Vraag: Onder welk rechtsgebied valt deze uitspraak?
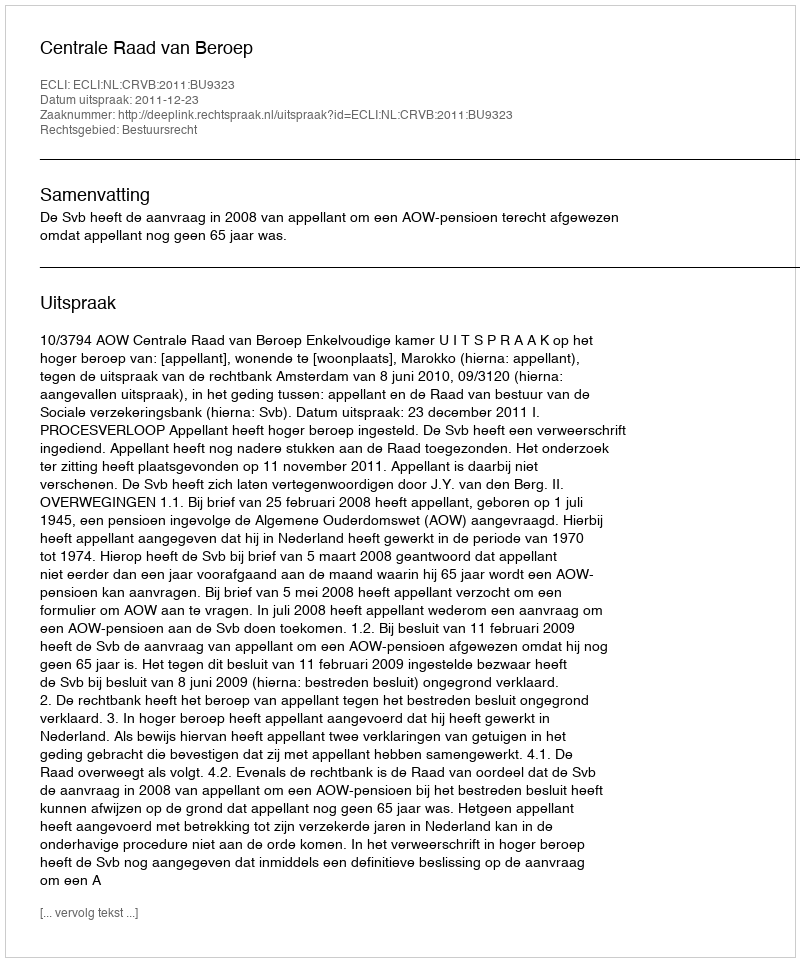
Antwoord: Bestuursrecht